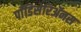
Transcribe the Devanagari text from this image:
पाँडिसेरिॲनस